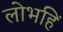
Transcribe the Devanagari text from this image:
लोभहिं